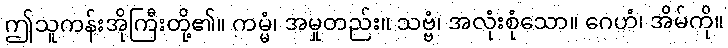
ဤသူကန်းအိုကြီးတို့၏။ ကမ္မံ၊ အမှုတည်း။ သဗ္ဗံ၊ အလုံးစုံသော။ ဂေဟံ၊ အိမ်ကို။